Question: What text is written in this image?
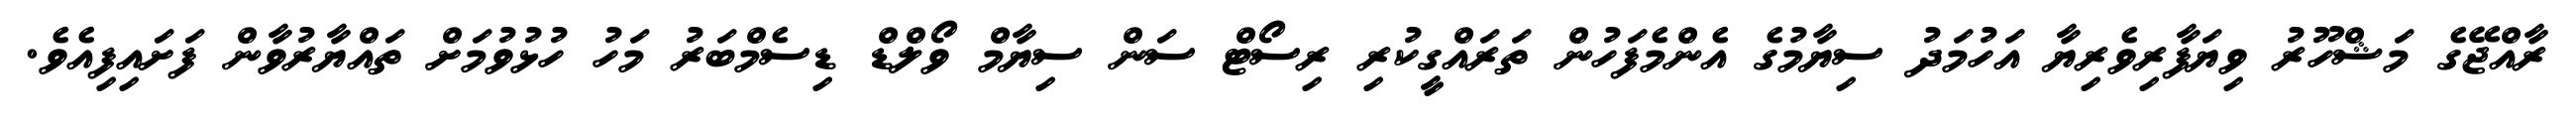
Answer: ރާއްޖޭގެ މަޝްހޫރު ވިޔަފާރިވެރިޔާ އަހުމަދު ސިޔާމުގެ އެންމެފަހުން ތަރައްގީކުރި ރިސޯޓް ސަން ސިޔާމް ވޯލްޑް ޑިސެމްބަރު މަހު ހުޅުވުމަށް ތައްޔާރުވާން ފަށައިފިއެވެ.